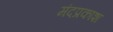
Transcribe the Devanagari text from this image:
मंदप्रकाश